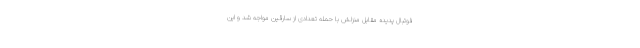
فوتبال پدیده مقابل منزلش با حمله تعدادی از سارقین مواجه شد و این